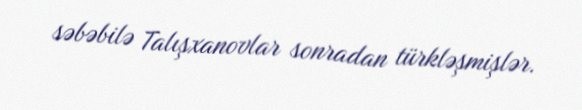
səbəbilə Talışxanovlar sonradan türkləşmişlər.